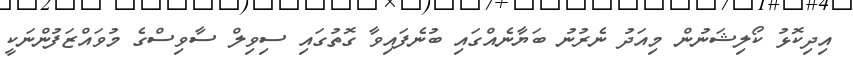
އިދިކޮޅު ކޯލިޝަނުން މިއަދު ނެރުނު ބަޔާނެއްގައި ބުނެފައިވާ ގޮތުގައި ސިވިލް ސާވިސްގެ މުވައްޒަފުންނަކީ